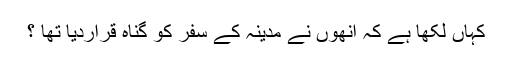
کہاں لکھا ہے کہ انھوں نے مدینہ کے سفر کو گناہ قراردیا تھا ؟